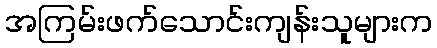
အကြမ်းဖက်သောင်းကျန်းသူများက